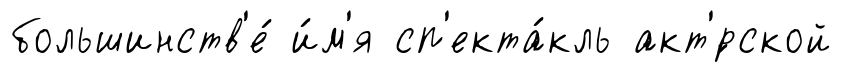
большинств'е́ и́м'я сп'екта́кль акт'́рской